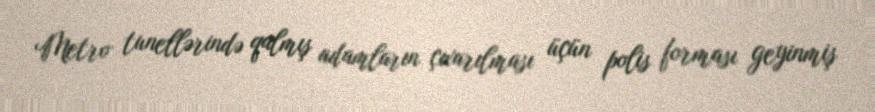
Metro tunellərində qalmış adamların çıxarılması üçün polis forması geyinmiş